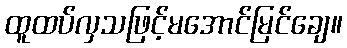
ထူထပ်လှသဖြင့်မအောင်မြင်ချေ။